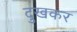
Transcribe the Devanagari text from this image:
दुखकर